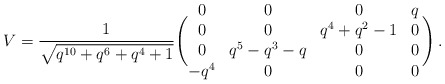
\begin{align*} V = \frac{1}{\sqrt{q^{10}+q^6+q^4+1}} \Biggl( \begin{matrix} 0 & 0 & 0 & q \\ 0 & 0 & q^4+q^2-1 & 0 \\ 0 & q^5-q^3-q & 0 & 0 \\ - q^4 & 0 & 0 & 0 \end{matrix} \, \Biggr) \,.\end{align*}